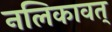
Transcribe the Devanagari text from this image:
नलिकावत्‌